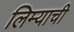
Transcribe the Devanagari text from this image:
लिम्याची